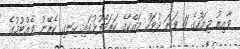
ވާއިރު މިމަހުގެ 11 ވަނަ ދުވަހު މައްކާގެ ހަރަމްފުޅުގައި ހިނގި ކެރޭނު ވެއްޓުމުގެ